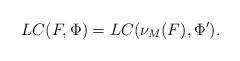
LaTeX: \begin{align*}LC(F,\Phi) =LC(\nu_M(F),\Phi^{\prime}).\end{align*}